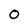
Character: 0